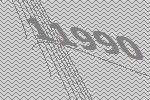
11990